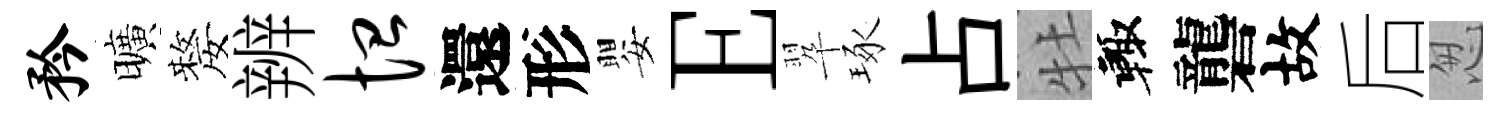
矜曠嫠辨恤還形嬰E翆琢占牡輙礱故后怱